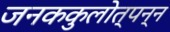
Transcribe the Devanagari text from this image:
जनककुलोत्पन्न